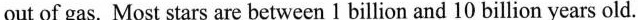
out of gas. Most stars are between 1 billion and 10 billion years old.